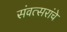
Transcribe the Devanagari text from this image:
संवत्सरांचे